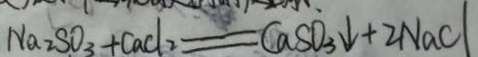
N a 2 S O _ { 3 } + C a C l _ { 2 } = C a S O _ { 3 } \downarrow + 2 N a C l